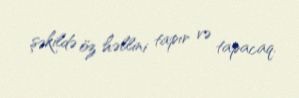
şəkildə öz həllini tapır və tapacaq.